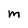
Character: M